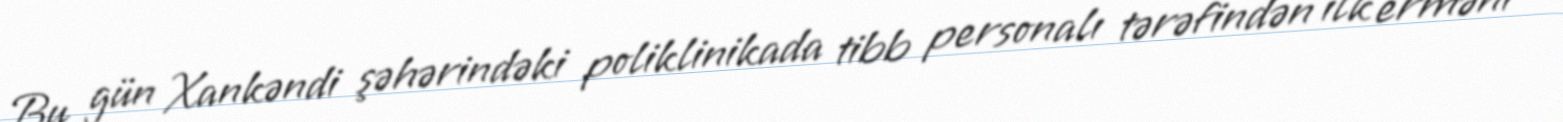
Bu gün Xankəndi şəhərindəki poliklinikada tibb personalı tərəfindən ilk erməni